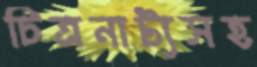
চিত্রনাট্যসহ